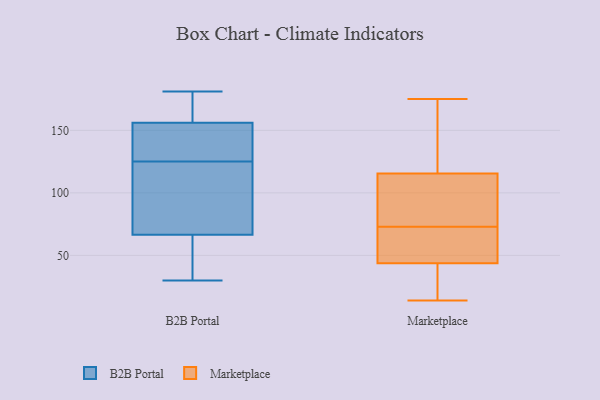
{"axis": {"x": "Shipments", "y": "Value"}, "legend": ["B2B Portal", "Marketplace"], "data": [{"x": "", "y": 156, "type": "B2B Portal"}, {"x": "", "y": 120, "type": "B2B Portal"}, {"x": "", "y": 157, "type": "B2B Portal"}, {"x": "", "y": 156, "type": "B2B Portal"}, {"x": "", "y": 59, "type": "B2B Portal"}, {"x": "", "y": 159, "type": "B2B Portal"}, {"x": "", "y": 181, "type": "B2B Portal"}, {"x": "", "y": 167, "type": "B2B Portal"}, {"x": "", "y": 127, "type": "B2B Portal"}, {"x": "", "y": 103, "type": "B2B Portal"}, {"x": "", "y": 108, "type": "B2B Portal"}, {"x": "", "y": 37, "type": "B2B Portal"}, {"x": "", "y": 125, "type": "B2B Portal"}, {"x": "", "y": 89, "type": "B2B Portal"}, {"x": "", "y": 30, "type": "B2B Portal"}, {"x": "", "y": 52, "type": "B2B Portal"}, {"x": "", "y": 137, "type": "B2B Portal"}, {"x": "", "y": 38, "type": "B2B Portal"}, {"x": "", "y": 134, "type": "B2B Portal"}, {"x": "", "y": 117, "type": "Marketplace"}, {"x": "", "y": 73, "type": "Marketplace"}, {"x": "", "y": 175, "type": "Marketplace"}, {"x": "", "y": 45, "type": "Marketplace"}, {"x": "", "y": 40, "type": "Marketplace"}, {"x": "", "y": 20, "type": "Marketplace"}, {"x": "", "y": 14, "type": "Marketplace"}, {"x": "", "y": 60, "type": "Marketplace"}, {"x": "", "y": 134, "type": "Marketplace"}, {"x": "", "y": 73, "type": "Marketplace"}, {"x": "", "y": 115, "type": "Marketplace"}, {"x": "", "y": 83, "type": "Marketplace"}, {"x": "", "y": 75, "type": "Marketplace"}]}